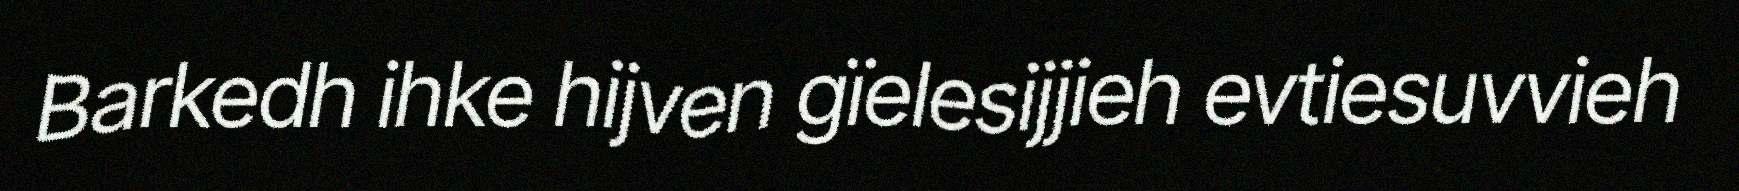
Barkedh ihke hijven gïelesijjieh evtiesuvvieh